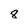
Character: 8